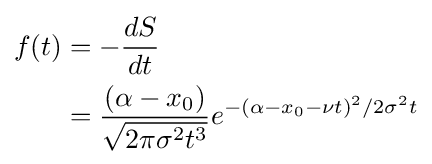
{\begin{aligned}f(t)&=-{dS \over {dt}}\\&={(\alpha -x_{0}) \over {\sqrt {2\pi \sigma ^{2}t^{3}}}}e^{-(\alpha -x_{0}-\nu t)^{2}/2\sigma ^{2}t}\end{aligned}}